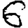
Digit: 6